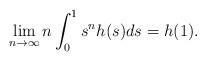
LaTeX: \begin{align*}\lim_{n \rightarrow \infty}n\int_{0}^{1}{s^n}h(s)ds=h(1) .\end{align*}